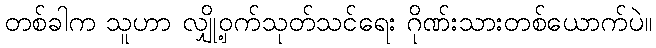
တစ်ခါက သူဟာ လျှို့ဝှက်သုတ်သင်ရေး ဂိုဏ်းသားတစ်ယောက်ပဲ။